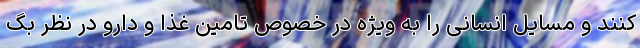
کنند و مسایل انسانی را به ویژه در خصوص تامین غذا و دارو در نظر بگ